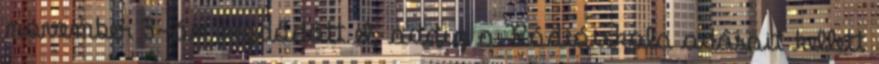
november 3-án kezdődött el, addig a Rádióiskola adásait kellett